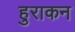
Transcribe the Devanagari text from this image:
हुराकन